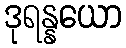
ဒုရန္နယော